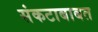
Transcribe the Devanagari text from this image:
संकटाबाबत